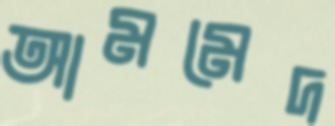
আমমেদ